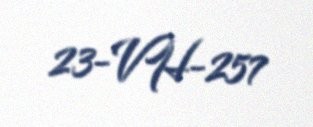
23-VH-257